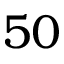
5 0